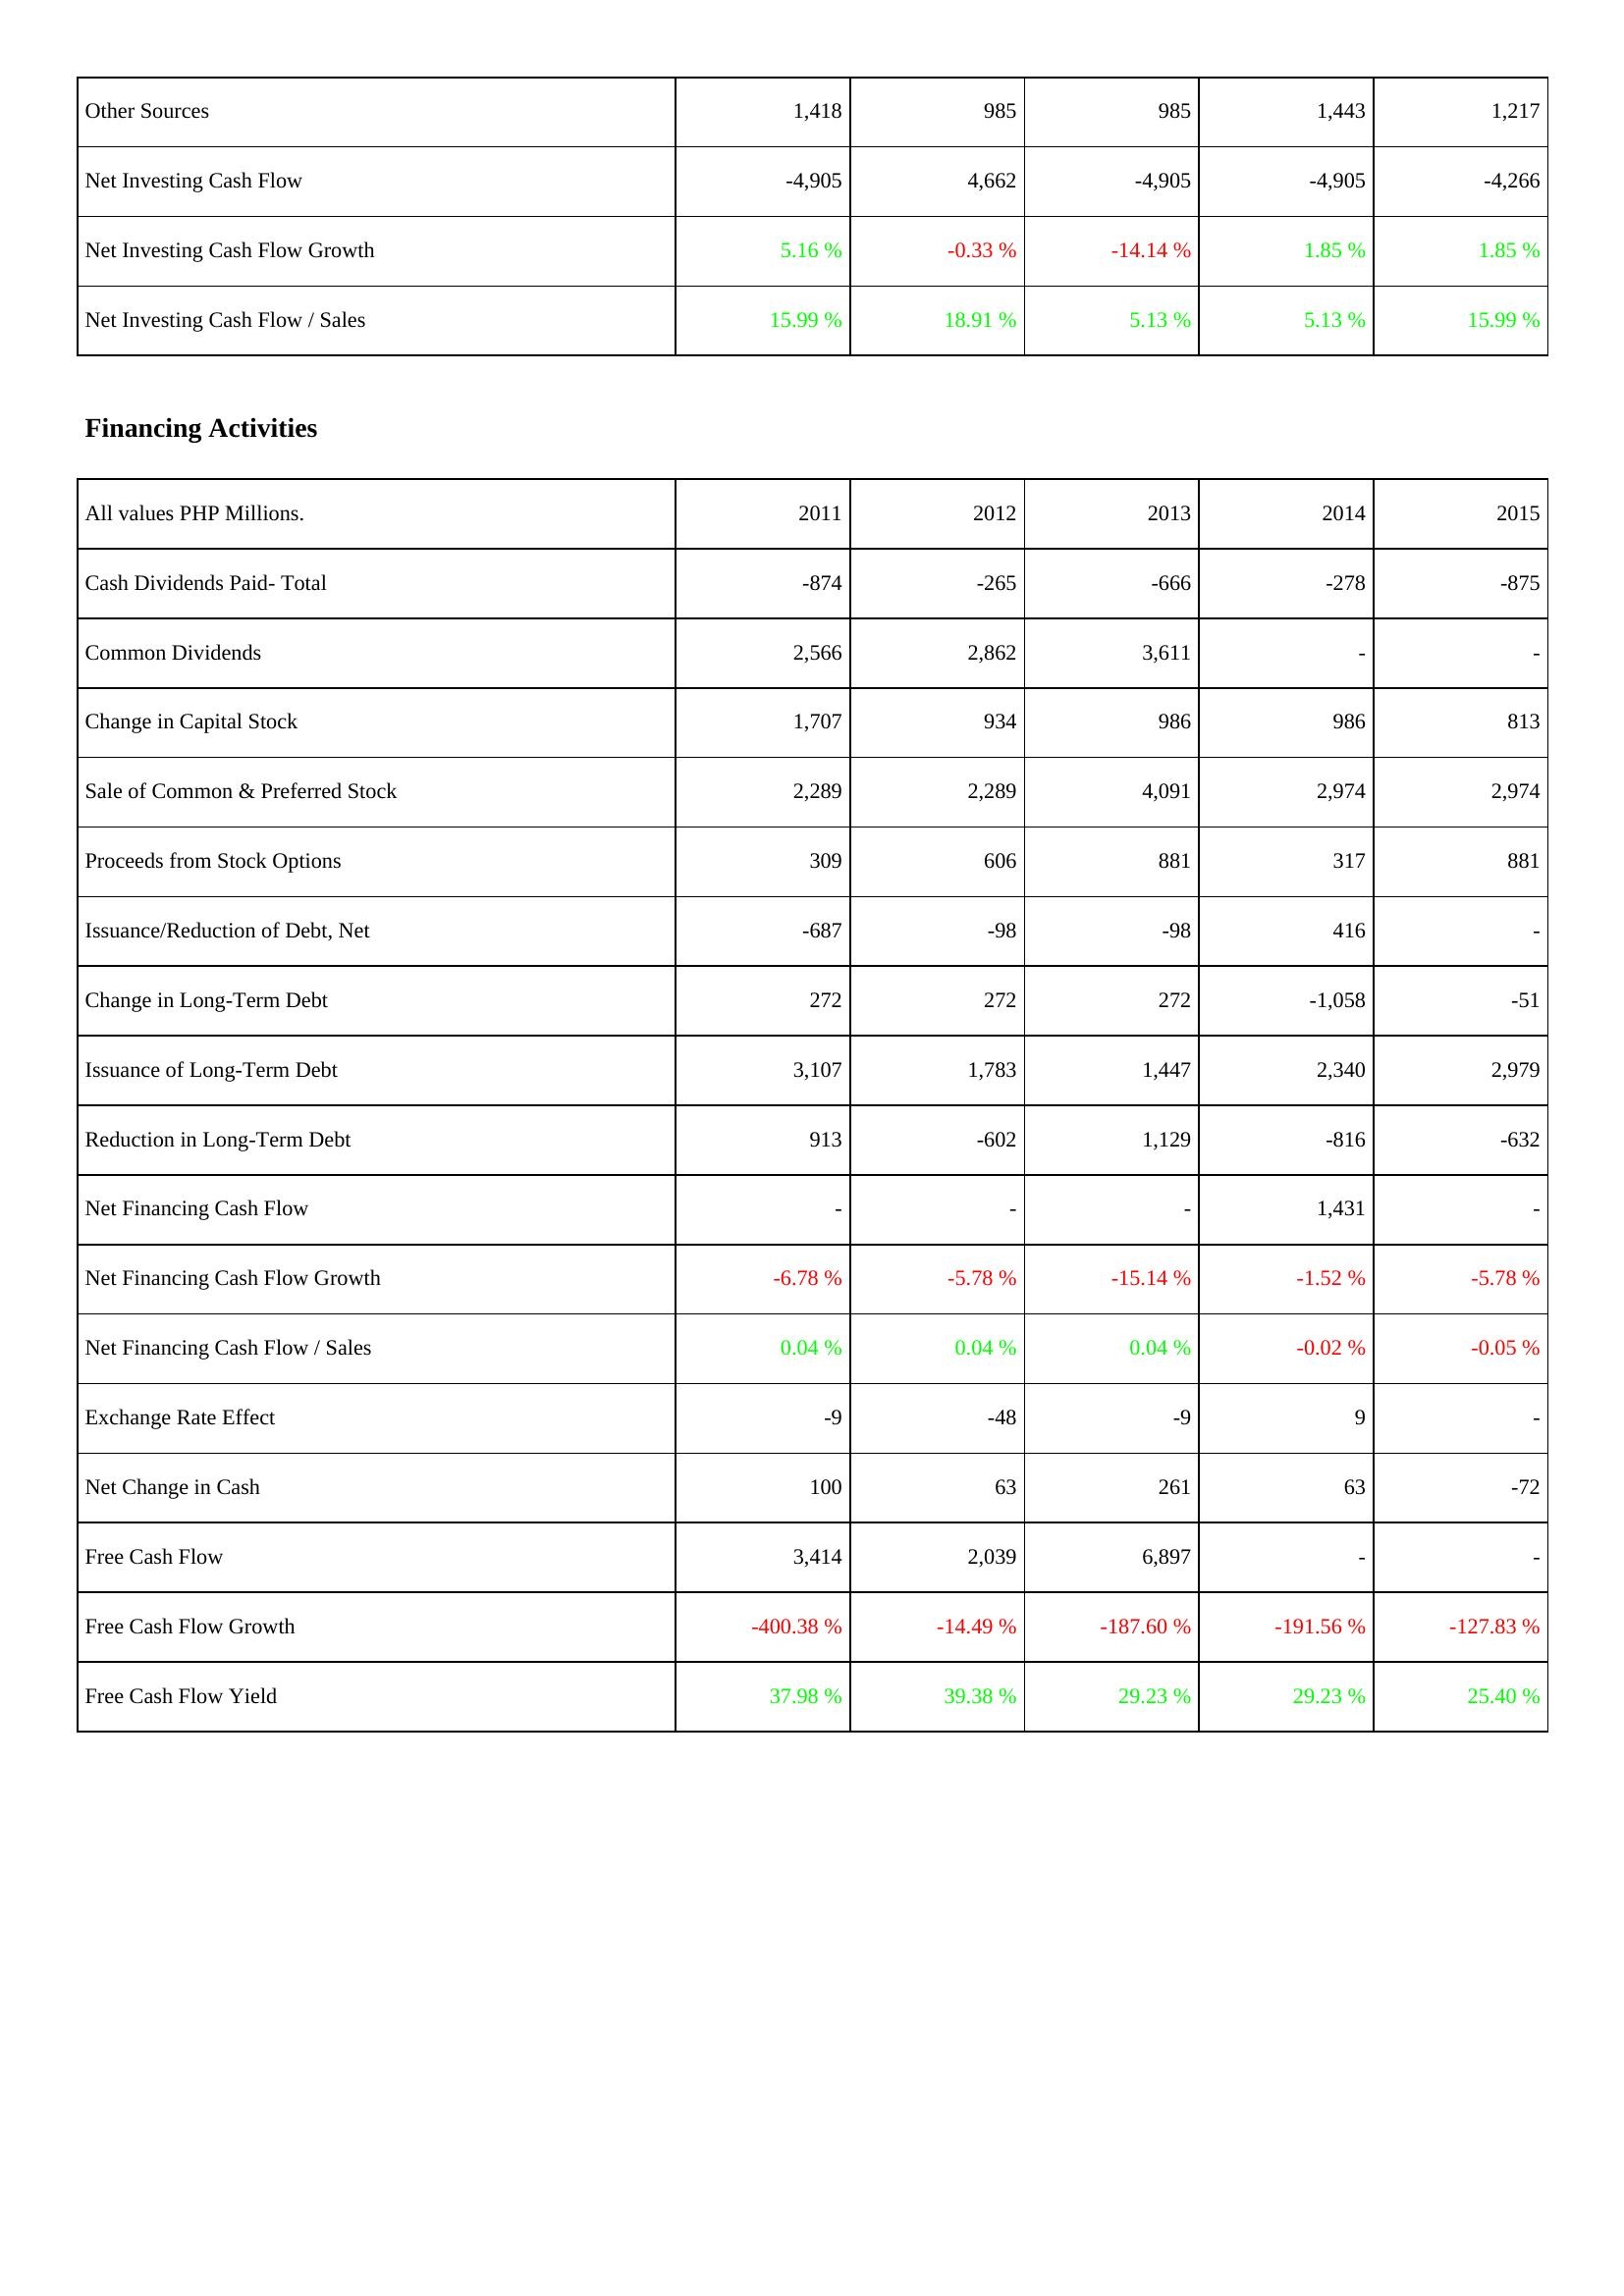
2011: Investing Activities: Other Sources: 1,418
Net Investing Cash Flow: -4,905
Net Investing Cash Flow Growth: 5.16 %
Net Investing Cash Flow / Sales: 15.99 %
Financing Activities: Cash Dividends Paid- Total: -874
Common Dividends: 2,566
Change in Capital Stock: 1,707
Sale of Common & Preferred Stock: 2,289
Proceeds from Stock Options: 309
Issuance/Reduction of Debt, Net: -687
Change in Long-Term Debt: 272
Issuance of Long-Term Debt: 3,107
Reduction in Long-Term Debt: 913
Net Financing Cash Flow: -
Net Financing Cash Flow Growth: -6.78 %
Net Financing Cash Flow / Sales: 0.04 %
Exchange Rate Effect: -9
Net Change in Cash: 100
Free Cash Flow: 3,414
Free Cash Flow Growth: -400.38 %
Free Cash Flow Yield: 37.98 %
2012: Investing Activities: Other Sources: 985
Net Investing Cash Flow: 4,662
Net Investing Cash Flow Growth: -0.33 %
Net Investing Cash Flow / Sales: 18.91 %
Financing Activities: Cash Dividends Paid- Total: -265
Common Dividends: 2,862
Change in Capital Stock: 934
Sale of Common & Preferred Stock: 2,289
Proceeds from Stock Options: 606
Issuance/Reduction of Debt, Net: -98
Change in Long-Term Debt: 272
Issuance of Long-Term Debt: 1,783
Reduction in Long-Term Debt: -602
Net Financing Cash Flow: -
Net Financing Cash Flow Growth: -5.78 %
Net Financing Cash Flow / Sales: 0.04 %
Exchange Rate Effect: -48
Net Change in Cash: 63
Free Cash Flow: 2,039
Free Cash Flow Growth: -14.49 %
Free Cash Flow Yield: 39.38 %
2013: Investing Activities: Other Sources: 985
Net Investing Cash Flow: -4,905
Net Investing Cash Flow Growth: -14.14 %
Net Investing Cash Flow / Sales: 5.13 %
Financing Activities: Cash Dividends Paid- Total: -666
Common Dividends: 3,611
Change in Capital Stock: 986
Sale of Common & Preferred Stock: 4,091
Proceeds from Stock Options: 881
Issuance/Reduction of Debt, Net: -98
Change in Long-Term Debt: 272
Issuance of Long-Term Debt: 1,447
Reduction in Long-Term Debt: 1,129
Net Financing Cash Flow: -
Net Financing Cash Flow Growth: -15.14 %
Net Financing Cash Flow / Sales: 0.04 %
Exchange Rate Effect: -9
Net Change in Cash: 261
Free Cash Flow: 6,897
Free Cash Flow Growth: -187.60 %
Free Cash Flow Yield: 29.23 %
2014: Investing Activities: Other Sources: 1,443
Net Investing Cash Flow: -4,905
Net Investing Cash Flow Growth: 1.85 %
Net Investing Cash Flow / Sales: 5.13 %
Financing Activities: Cash Dividends Paid- Total: -278
Common Dividends: -
Change in Capital Stock: 986
Sale of Common & Preferred Stock: 2,974
Proceeds from Stock Options: 317
Issuance/Reduction of Debt, Net: 416
Change in Long-Term Debt: -1,058
Issuance of Long-Term Debt: 2,340
Reduction in Long-Term Debt: -816
Net Financing Cash Flow: 1,431
Net Financing Cash Flow Growth: -1.52 %
Net Financing Cash Flow / Sales: -0.02 %
Exchange Rate Effect: 9
Net Change in Cash: 63
Free Cash Flow: -
Free Cash Flow Growth: -191.56 %
Free Cash Flow Yield: 29.23 %
2015: Investing Activities: Other Sources: 1,217
Net Investing Cash Flow: -4,266
Net Investing Cash Flow Growth: 1.85 %
Net Investing Cash Flow / Sales: 15.99 %
Financing Activities: Cash Dividends Paid- Total: -875
Common Dividends: -
Change in Capital Stock: 813
Sale of Common & Preferred Stock: 2,974
Proceeds from Stock Options: 881
Issuance/Reduction of Debt, Net: -
Change in Long-Term Debt: -51
Issuance of Long-Term Debt: 2,979
Reduction in Long-Term Debt: -632
Net Financing Cash Flow: -
Net Financing Cash Flow Growth: -5.78 %
Net Financing Cash Flow / Sales: -0.05 %
Exchange Rate Effect: -
Net Change in Cash: -72
Free Cash Flow: -
Free Cash Flow Growth: -127.83 %
Free Cash Flow Yield: 25.40 %